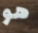
هو